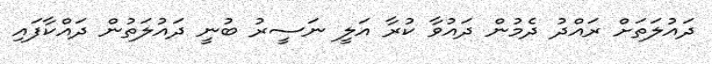
ދައުލަތަށް ރައްދު ދެމުން ދައުވާ ކުރާ އަލީ ނަސީރު ބުނީ ދައުލަތުން ދައްކާފައި